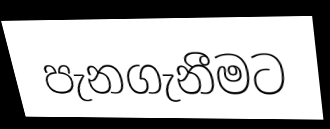
පැනගැනීමට